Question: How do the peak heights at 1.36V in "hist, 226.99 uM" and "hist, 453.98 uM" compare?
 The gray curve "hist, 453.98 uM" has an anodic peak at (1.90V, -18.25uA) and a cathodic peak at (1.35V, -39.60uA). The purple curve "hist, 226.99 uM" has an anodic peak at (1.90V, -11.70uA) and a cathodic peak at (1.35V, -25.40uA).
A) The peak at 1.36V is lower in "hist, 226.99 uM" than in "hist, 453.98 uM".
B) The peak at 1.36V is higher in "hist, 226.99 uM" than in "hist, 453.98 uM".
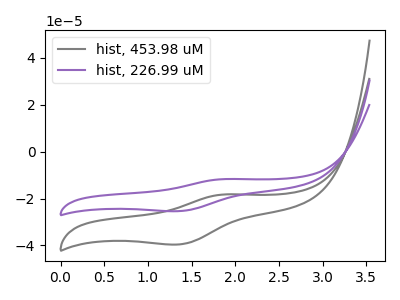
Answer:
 <answer>A) The peak at 1.36V is lower in "hist, 226.99 uM" than in "hist, 453.98 uM".</answer>
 <eval>A</eval>